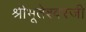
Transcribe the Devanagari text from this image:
श्रीभूतेश्वरजी